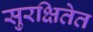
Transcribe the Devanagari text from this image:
सुरक्षितेत